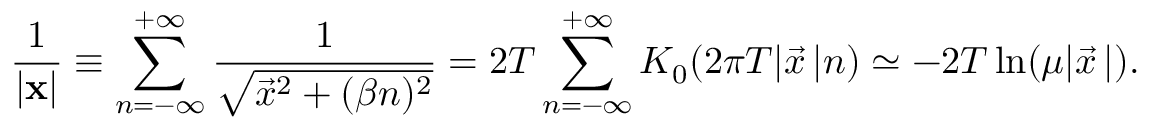
\frac { 1 } { | { \bf x } | } \equiv \sum _ { n = - \infty } ^ { + \infty } \frac { 1 } { \sqrt { \vec { x } ^ { 2 } + ( \beta n ) ^ { 2 } } } = 2 T \sum _ { n = - \infty } ^ { + \infty } K _ { 0 } ( 2 \pi T | \vec { x } { \, } | n ) \simeq - 2 T \ln ( \mu | \vec { x } { \, } | ) .